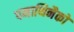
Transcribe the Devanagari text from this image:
पनाथिनैको